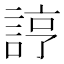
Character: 𧨑